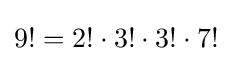
9!=2!\cdot 3!\cdot 3!\cdot 7!